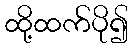
ထို့ထက်ပို၍